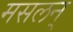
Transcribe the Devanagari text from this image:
मसलन्